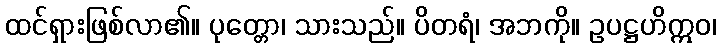
ထင်ရှားဖြစ်လာ၏။ ပုတ္တော၊ သားသည်။ ပိတရံ၊ အဘကို။ ဥပဋ္ဌဟိဣဝ၊